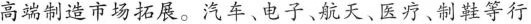
高端制造市场拓展。汽车、电子、航天、医疗、制鞋等行